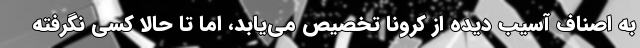
به اصناف آسیب دیده از کرونا تخصیص می‌یابد، اما تا حالا کسی نگرفته